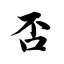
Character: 否